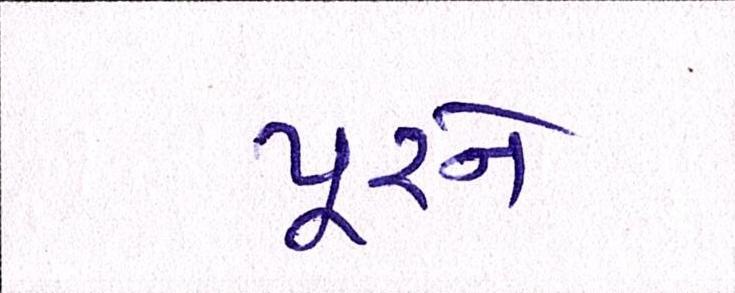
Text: પૂરને